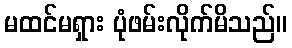
မထင်မရှား ပုံဖမ်းလိုက်မိသည်။